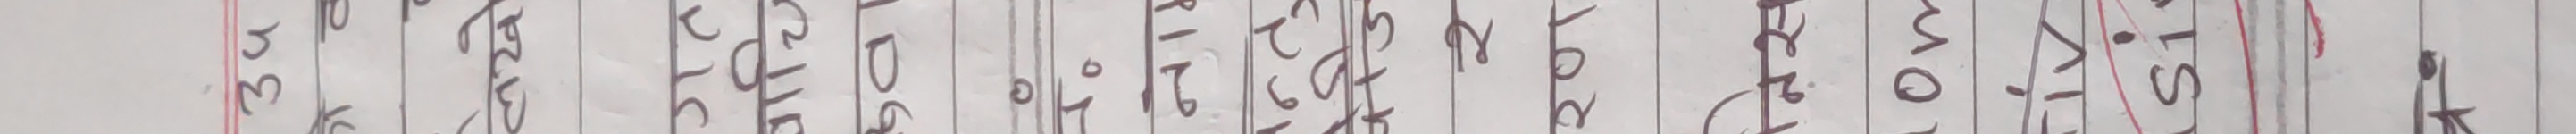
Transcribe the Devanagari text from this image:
हेरे वेष्टै हुन्छ।